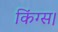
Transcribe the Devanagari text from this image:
किंग्स।